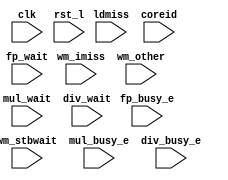
module mask_mon(/*AUTOARG*/
   // Inputs
   clk, rst_l, wm_imiss, wm_other, wm_stbwait, mul_wait, div_wait, 
   fp_wait, mul_busy_e, div_busy_e, fp_busy_e, ldmiss, coreid
   );
   input clk;
   input rst_l;

   input [3:0] wm_imiss;
   input [3:0] wm_other;
   input [3:0] wm_stbwait;
   input [3:0] mul_wait;
   input [3:0] div_wait;
   input [3:0] fp_wait;
   input [3:0] mul_busy_e;
   input [3:0] div_busy_e;
   input [3:0] fp_busy_e;
   input [3:0] ldmiss;
   input [2:0] coreid;

   reg [39:0]  old_val, new_val;

   initial
     begin
     	old_val = 0;
	new_val = 0;
     end
   
   always @(negedge clk)begin
      if (rst_l)
	begin
	   new_val = {wm_imiss[3:0],wm_other[3:0],wm_stbwait[3:0],mul_wait[3:0],div_wait[3:0],fp_wait[3:0],
		      mul_busy_e[3:0],div_busy_e[3:0],fp_busy_e[3:0],ldmiss[3:0]};
	   if (new_val != old_val)
	     begin
	       $display ("%d: C%1d: WM: %x%x%x%x%x%x%x%x%x%x", $time, coreid, wm_imiss, wm_other, 
		     wm_stbwait, mul_wait, div_wait, fp_wait, mul_busy_e, div_busy_e, fp_busy_e, ldmiss);
	     end
	   old_val = new_val;      
      	end // if (!reset)
   end
endmodule